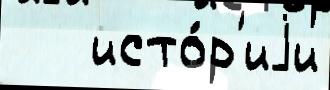
   исто́р'иjи